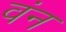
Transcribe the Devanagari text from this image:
वंन